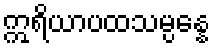
ဣရိယာပထသမ္ပန္နေ